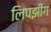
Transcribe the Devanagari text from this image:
लिपझीग